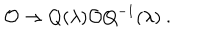
{ \cal O } \to Q ( \lambda ) { \cal O } Q ^ { - 1 } ( \lambda ) ~ .